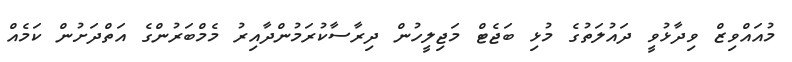
މުއައްވިޒް ވިދާޅުވީ ދައުލަތުގެ މުޅި ބަޖެޓް މަޖިލީހުން ދިރާސާކުރަމުންދާއިރު މެމްބަރުންގެ އަތްދަށުން ކަމެއް